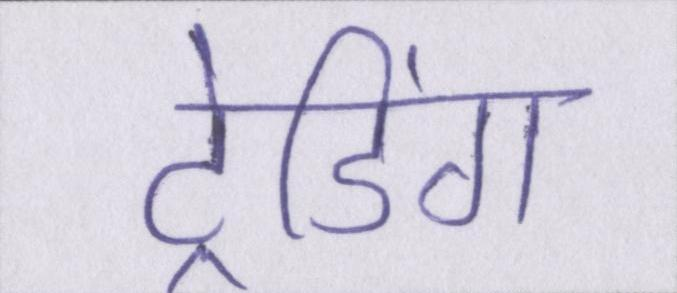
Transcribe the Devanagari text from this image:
ट्रेडिंग